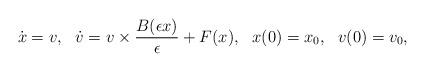
LaTeX: \begin{align*}\begin{aligned} \dot{x}=v,\ \ \dot{v}=v \times \frac{ B(\epsilon x)}{\epsilon} +F(x),\ \ x(0)=x_0,\ \ v(0)=v_0,\end{aligned}\end{align*}